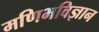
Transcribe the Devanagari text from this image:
मणिभविज्ञान